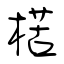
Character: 楛